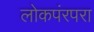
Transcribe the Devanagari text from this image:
लोकपंरपरा